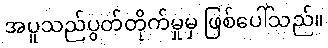
အပူသည်ပွတ်တိုက်မှုမှ ဖြစ်ပေါ်သည်။